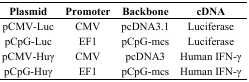
| Plasmid | Promoter | Backbone | cDNA |
 | --- | --- | --- | --- |
 | pCMV-Luc | CMV | pcDNA3.1 | Luciferase |
 | pCpG-Luc | EF1 | pCpG-mcs | Luciferase |
 | pCMV-Huγ | CMV | pcDNA3 | Human IFN-γ |
 | pCpG-Huγ | EF1 | pCpG-mcs | Human IFN-γ |